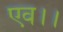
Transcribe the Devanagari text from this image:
एव।।